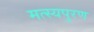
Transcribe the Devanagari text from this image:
मत्स्यपुरण